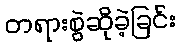
တရားစွဲဆိုခဲ့ခြင်း